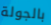
بالجولة